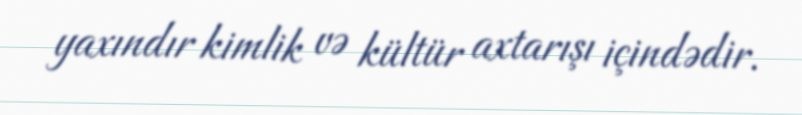
yaxındır kimlik və kültür axtarışı içindədir.